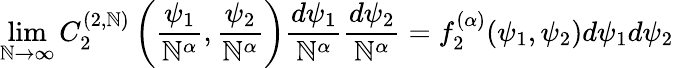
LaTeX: \operatorname*{lim}_{\mathbb{N}\rightarrow\infty}C_{2}^{(2,\mathbb{N})}\left(\frac{{\psi_{1}}}{{\mathbb{N}^{\alpha}}},\frac{{\psi_{2}}}{{\mathbb{N}^{\alpha}}}\right)\frac{{d\psi_{1}}}{{\mathbb{N}^{\alpha}}}\frac{{d\psi_{2}}}{{\mathbb{N}^{\alpha}}}=f_{2}^{(\alpha)}(\psi_{1},\psi_{2})d\psi_{1}d\psi_{2}